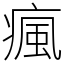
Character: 瘋